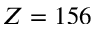
Z = 1 5 6